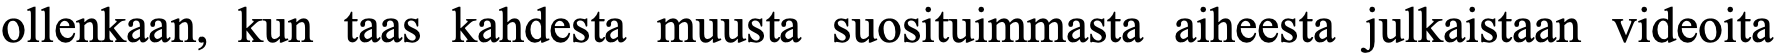
ollenkaan, kun taas kahdesta muusta suosituimmasta aiheesta julkaistaan videoita